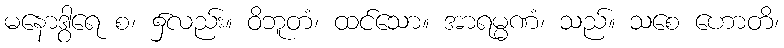
မနောဒွါရေ စ၊ ၌လည်း။ ဝိဘူတံ၊ ထင်သော။ အာရမ္မဏံ၊ သည်။ သစေ ဟောတိ၊